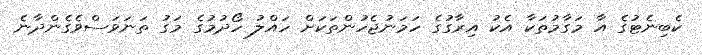
ކެބިނެޓުގެ އާ މަގާމުތަކާ އެކު އިރާގުގެ ހަމަނުޖެހުންތަކަށް ހައްލު ހޯދުމުގެ މަގު ތަނަވަސްވެގެންދާނެ